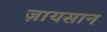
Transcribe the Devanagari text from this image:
ज़ायसान